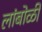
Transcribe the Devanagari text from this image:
लांबोळी